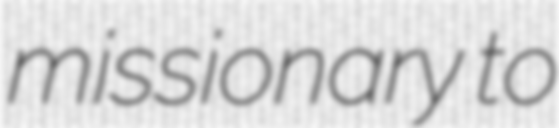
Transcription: missionary to